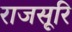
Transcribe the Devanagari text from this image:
राजसूरि